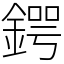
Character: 鍔